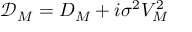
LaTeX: \mathcal { D } _ { M } = D _ { M } + i \sigma ^ { 2 } V _ { M } ^ { 2 }